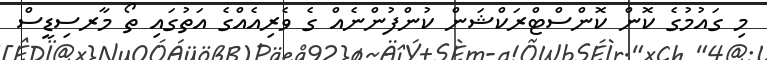
މި ގައުމުގެ ކޮން ކޮންސްޓްރަކްޝަން ކުންފުންނެއް ގެ ވެރިއެއްގެ އަތުގައި ތޯ މާރސިޑީސް